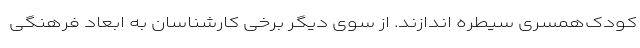
کودک‌همسری سیطره اندازند. از سوی دیگر برخی کارشناسان به ابعاد فرهنگی